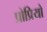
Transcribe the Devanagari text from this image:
प्रोप्रियो